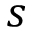
s